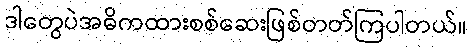
ဒါတွေပဲအဓိကထားစစ်ဆေးဖြစ်တတ်ကြပါတယ်။